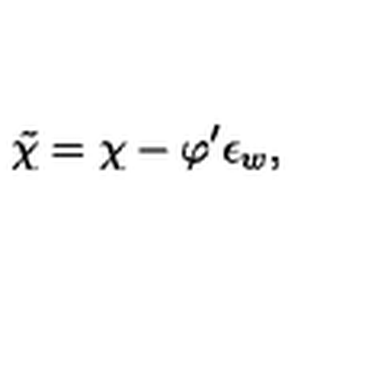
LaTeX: \tilde { \chi } = \chi - \varphi ^ { \prime } \epsilon _ { w } ,